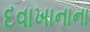
દવાખાનાના